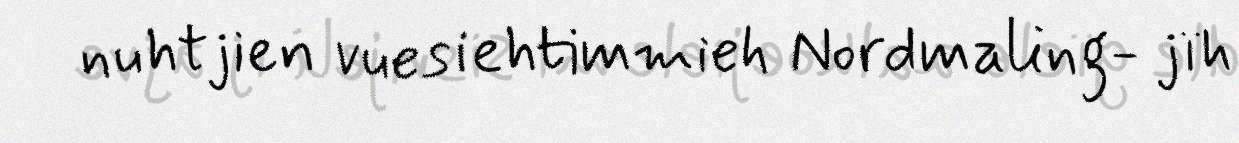
nuhtjien vuesiehtimmieh Nordmaling- jïh